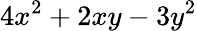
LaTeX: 4x^{2}+2xy-3y^{2}